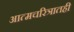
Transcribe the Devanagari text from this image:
आत्मचरित्रातही